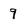
Character: 9